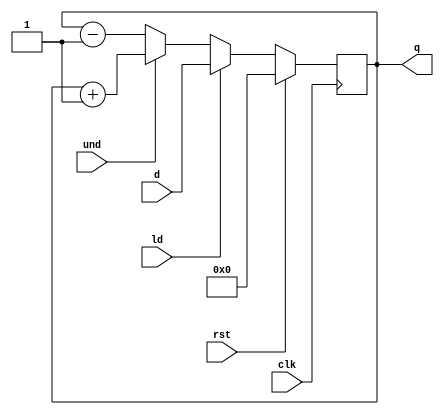
`timescale 1ns / 1ps
//////////////////////////////////////////////////////////////////////////////////
// Company: 
// Engineer: 
// 
// Design Name: 
// Module Name: updown
// Project Name: 
// Target Devices: 
// Tool Versions: 
// Description: 
// 
// Dependencies: 
// 
// Revision:
// Revision 0.01 - File Created
// Additional Comments:
// 
//////////////////////////////////////////////////////////////////////////////////


module updown(
input [3:0]d,
input clk,rst,ld,und,
output reg [3:0]q
    );
always@(posedge clk)
begin
if(rst)
q<=4'b0000;
else if(ld)
q<=d;
else if(und)
q<=q+1;
else
q<=q-1;
end
endmodule